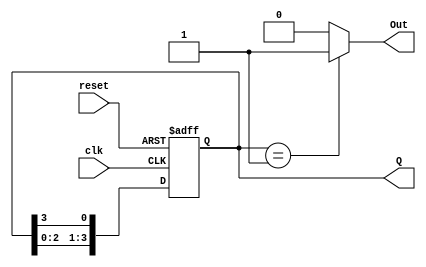
module ring_counter (
    input wire clk,        // Clock input
    input wire reset,      // Asynchronous reset input
    output reg [3:0] Q,    // 4-bit output representing the current state
    output reg Out         // Output based on the current state
);

// State encoding
localparam STATE_0 = 4'b0001; // State 0
localparam STATE_1 = 4'b0010; // State 1
localparam STATE_2 = 4'b0100; // State 2
localparam STATE_3 = 4'b1000; // State 3

// Sequential logic for state transition
always @(posedge clk or posedge reset) begin
    if (reset) begin
        Q <= STATE_0; // Reset to State 0
    end else begin
        // Shift right and wrap around
        Q <= {Q[2:0], Q[3]};
    end
end

// Output logic based on the current state (Moore machine)
always @(*) begin
    case (Q)
        STATE_0: Out = 1'b1; // Output is 1 for State 0
        STATE_1: Out = 1'b0; // Output is 0 for State 1
        STATE_2: Out = 1'b0; // Output is 0 for State 2
        STATE_3: Out = 1'b0; // Output is 0 for State 3
        default: Out = 1'b0;  // Default case
    endcase
end

endmodule